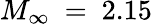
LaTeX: M_{\infty}~=~2.15